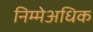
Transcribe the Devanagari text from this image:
निम्मेअधिक